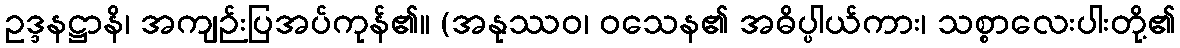
ဥဒ္ဒနဋ္ဌာနိ၊ အကျဉ်းပြအပ်ကုန်၏။ (အနုဿဝ၊ ဝသေန၏ အဓိပ္ပါယ်ကား၊ သစ္စာလေးပါးတို့၏